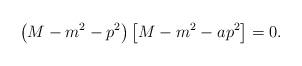
LaTeX: \begin{align*}\left(M-m^2 -p^2\right) \left[ M-m^2 -ap^2 \right] =0 . \end{align*}